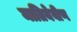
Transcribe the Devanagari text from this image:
मातियेवीण